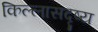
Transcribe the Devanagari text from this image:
किल्लासदृष्य